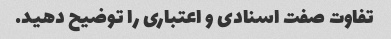
تفاوت صفت اسنادی و اعتباری را توضیح دهید.